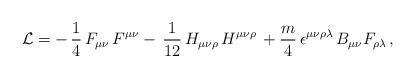
LaTeX: \begin{align*}{\cal L}=-\,\frac{1}{4}\,F_{\mu\nu}\,F^{\mu\nu}-\,\frac{1}{12}\,H_{\mu\nu\rho}\,H^{\mu\nu\rho}\,+{m\over4}\,\epsilon^{\mu\nu\rho\lambda}\,B_{\mu\nu}F_{\rho\lambda}\,,\end{align*}